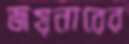
জয়নারের